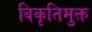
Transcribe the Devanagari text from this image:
विकृतिमुक्त